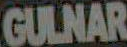
GULNAR